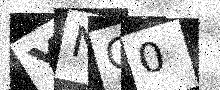
Text: YNC0